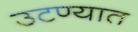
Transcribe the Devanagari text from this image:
उटण्यात